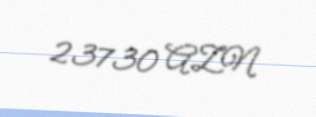
23730 AZN